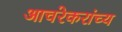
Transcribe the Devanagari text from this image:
आचरेकरांच्य